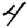
Digit: 4